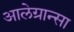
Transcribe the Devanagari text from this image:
आलेग्रान्सा